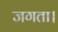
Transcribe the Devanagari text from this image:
जगता।